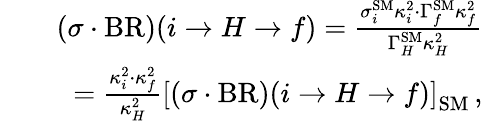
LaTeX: \begin{array}{rlr}&{}&{(\sigma\cdot\mathrm{BR})(i\to{H}\to f)=\frac{\sigma_{i}^{\mathrm{SM}}\kappa_{i}^{2}\cdot\Gamma_{f}^{\mathrm{SM}}\kappa_{f}^{2}}{\Gamma_{H}^{\mathrm{SM}}\kappa_{H}^{2}}}\\ &{}&{=\frac{\kappa_{i}^{2}\cdot\kappa_{f}^{2}}{\kappa_{H}^{2}}\left[(\sigma\cdot\mathrm{BR})(i\to{H}\to f)\right]_{\mathrm{SM}}\, ,}\end{array}